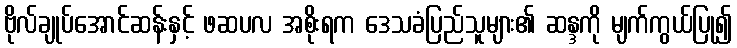
ဗိုလ်ချုပ်အောင်ဆန်းနှင့် ဖဆပလ အစိုးရက ဒေသခံပြည်သူများ၏ ဆန္ဒကို မျက်ကွယ်ပြု၍